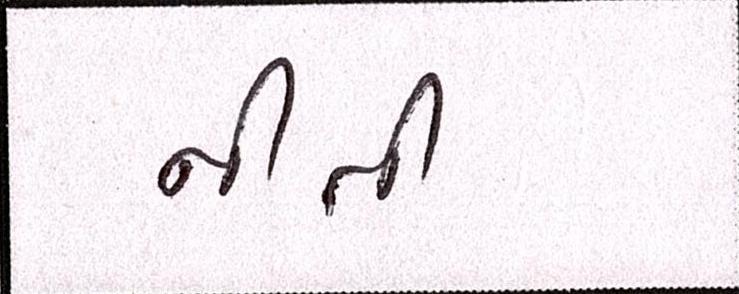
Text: નીતી